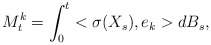
\begin{align*}M^k_t = \int_0^t<\sigma(X_s),e_k>dB_s,\end{align*}